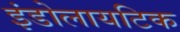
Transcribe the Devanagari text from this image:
इंडोलायटिक